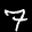
Label: 7